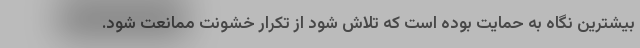
بیشترین نگاه به حمایت بوده است که تلاش شود از تکرار خشونت ممانعت شود.